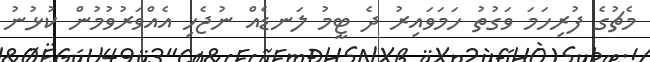
މެޗުގެ ފުރިހަމަ ވަގުތު ހަމަވައިިރު ދެ ޓީމު ލަނޑެއް ނުޖެހި އެއްވަރުވުމުން ކުޅުނު